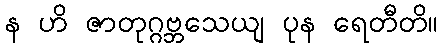
န ဟိ ဇာတုဂ္ဂဗ္ဘသေယျ ပုန ရေတီတိ။